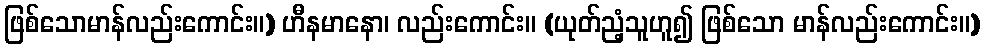
ဖြစ်သောမာန်လည်းကောင်း။) ဟီနမာနော၊ လည်းကောင်း။ (ယုတ်ညံ့သူဟူ၍ ဖြစ်သော မာန်လည်းကောင်း။)